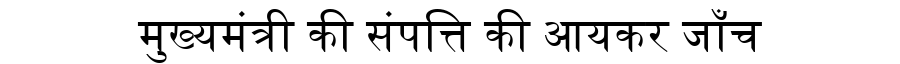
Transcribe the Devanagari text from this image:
मुख्यमंत्री की संपत्ति की आयकर जाँच